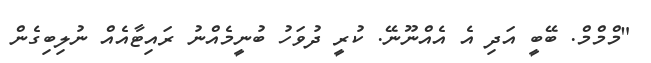
"މްމްމް. ބޭބީ އަދި އެ އެއްނޫނޭ. ކުރީ ދުވަހު ބުނީމެއްނު ރައިޓާއެއް ނުލިބިގެން